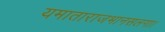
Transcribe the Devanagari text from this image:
यमाताराजभानसलगा।